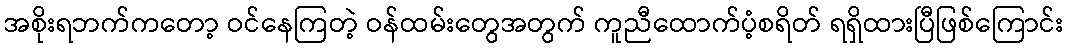
အစိုးရဘက်ကတော့ ဝင်နေကြတဲ့ ဝန်ထမ်းတွေအတွက် ကူညီထောက်ပံ့စရိတ် ရရှိထားပြီဖြစ်ကြောင်း